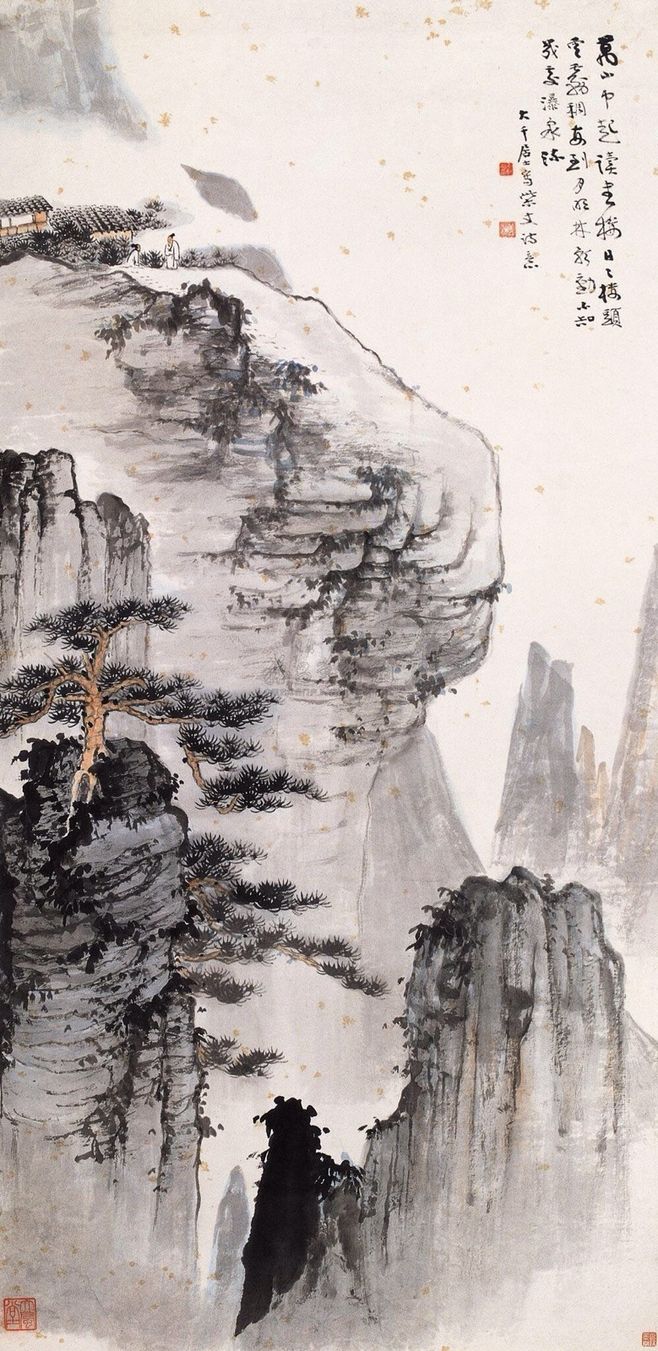
执手相看泪眼，竟无语凝噎。